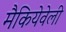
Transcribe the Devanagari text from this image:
मैकियेवेली